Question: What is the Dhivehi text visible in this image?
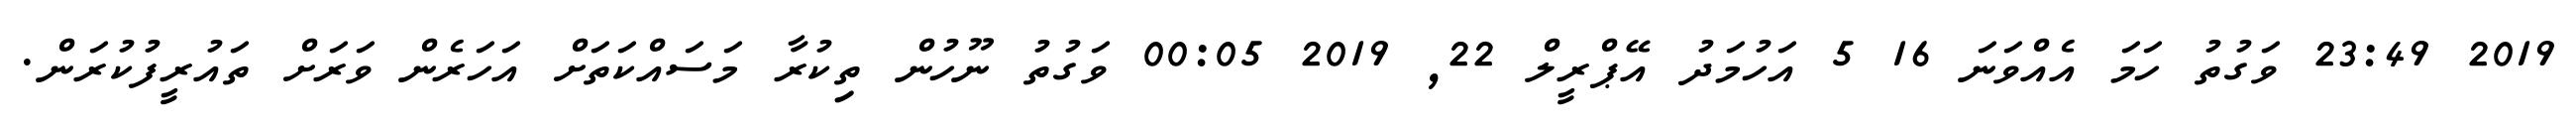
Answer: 2019 23:49 ވަގުތު ހަމަ އެއްވަނަ 16 5 އަހުމަދު އޭޕްރީލް 22, 2019 00:05 ވަގުތު ނޫހުން ތިކުރާ މަސައްކަތަށް އަހަރެން ވަރަށް ތައުރީފުކުރަން.